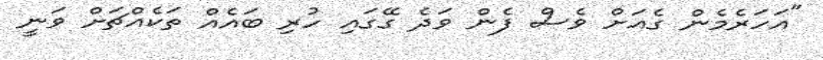
"އަހަރެމެން ގެއަށް ވެސް ފެން ވަދެ ގޭގައި ހުރި ބައެއް ތަކެއްޗަށް ވަނީ